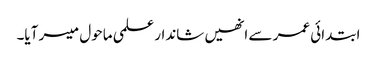
ابتدائی عمر سے انھیں شاندار علمی ماحول میسر آیا۔